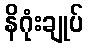
နိဂုံးချုပ်